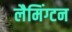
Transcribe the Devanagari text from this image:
लैमिंग्टन